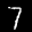
Label: 7